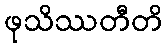
ဖုသိဿတီတိ